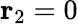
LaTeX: \mathbf{r}_{2}=0